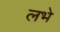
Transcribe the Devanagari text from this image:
लभे